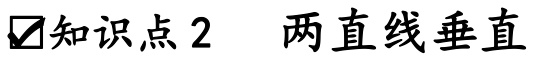
$\boxed{\checkmark}\text{知识点2}\ \ \text{两直线垂直}$